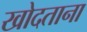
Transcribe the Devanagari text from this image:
खोदताना